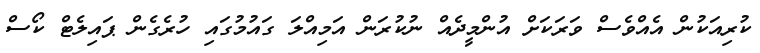
ކުރިއަކުން އެއްވެސް ވަރަކަށް އުންމީދެއް ނުކުރަން އަމިއްލަ ގައުމުގައި ހުރެގެން ޕައިލެޓް ކޯސް